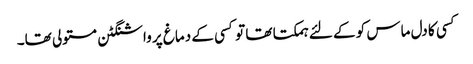
کسی کا دل ماس کو کے لئے ہمکتا تھا تو کسی کے دماغ پر واشنگٹن مستولی تھا۔